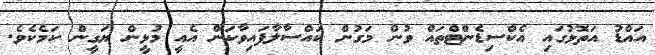
އައްޑު އަތޮޅުގައި އެކްސިޑެންޓްތައް ވުން މަގުން ކައްސާލާފައިވާކަން އެއީ މުޅީން ޔަގީން ކަމެކެވެ.